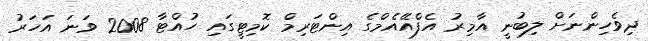
ދިވެހިންނަށް ލިބުނީ އާމިރު އެފްއޭއެމްގެ އިންޓަރިމް ކޮމިޓީގައި ހުއްޓާ 2008 ވަނަ އަހަރު